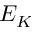
E _ { K }